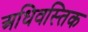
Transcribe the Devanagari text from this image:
अधिवस्तिक